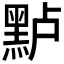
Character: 𱋶